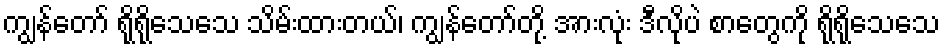
ကျွန်တော် ရိုရိုသေသေ သိမ်းထားတယ်၊ ကျွန်တော်တို့ အားလုံး ဒီလိုပဲ စာတွေကို ရိုရိုသေသေ